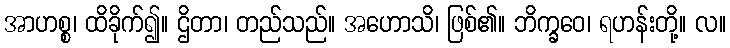
အာဟစ္စ၊ ထိခိုက်၍။ ဌိတာ၊ တည်သည်။ အဟောသိ၊ ဖြစ်၏။ ဘိက္ခဝေ၊ ရဟန်းတို့။ လ။